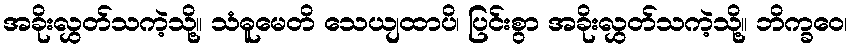
အခိုးလွှတ်သကဲ့သို့။ သံဓူမေတိ သေယျထာပိ၊ ပြင်းစွာ အခိုးလွှတ်သကဲ့သို့။ ဘိက္ခဝေ၊